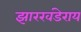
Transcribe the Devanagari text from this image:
झारखंडेराय